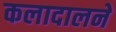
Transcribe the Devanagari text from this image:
कलादालने